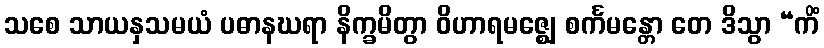
သစေ သာယနှသမယံ ပဓာနဃရာ နိက္ခမိတွာ ဝိဟာရမဇ္ဈေ စင်္ကမန္တော တေ ဒိသွာ “ကိံ